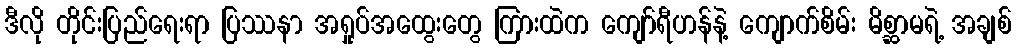
ဒီလို တိုင်းပြည်ရေးရာ ပြဿနာ အရှုပ်အထွေးတွေ ကြားထဲက ကျော်ရီဟန်နဲ့ ကျောက်စိမ်း မိစ္ဆာမရဲ့ အချစ်